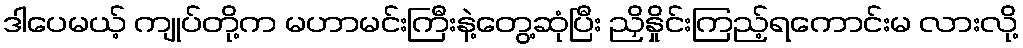
ဒါပေမယ့် ကျုပ်တို့က မဟာမင်းကြီးနဲ့တွေ့ဆုံပြီး ညှိနှိုင်းကြည့်ရကောင်းမ လားလို့